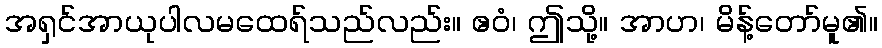
အရှင်အာယုပါလမထေရ်သည်လည်း။ ဧဝံ၊ ဤသို့။ အာဟ၊ မိန့်တော်မူ၏။